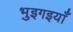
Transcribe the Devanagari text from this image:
भुइगइयाँ